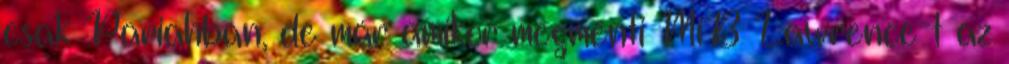
csak Pariahban, de már amikor megmenti MiB Lawrence-t az